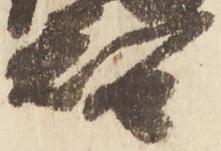
智